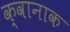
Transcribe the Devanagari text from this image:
क्वानाक